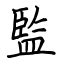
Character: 監